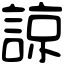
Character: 諒